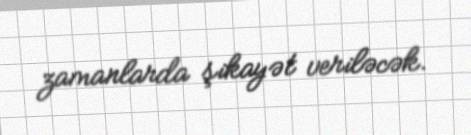
zamanlarda şikayət veriləcək.